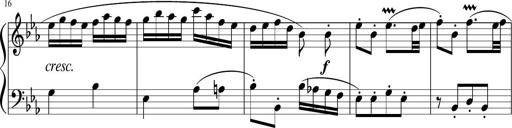
Title: 12 Keyboard Sonatinas
Composer: James Hook